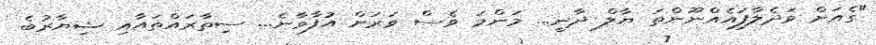
"ގެއަށް ވަދެލާފައެއްނޫންތަ ޔާލް ދާނީ... މަންމަ ވެސް ވަރަށް އުފާވާނެ... ސިތާރައްތައާއި ޝިޔާރުބެ